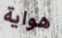
هواية